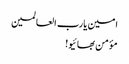
امین یارب العالمین
مؤمن بھائیو!